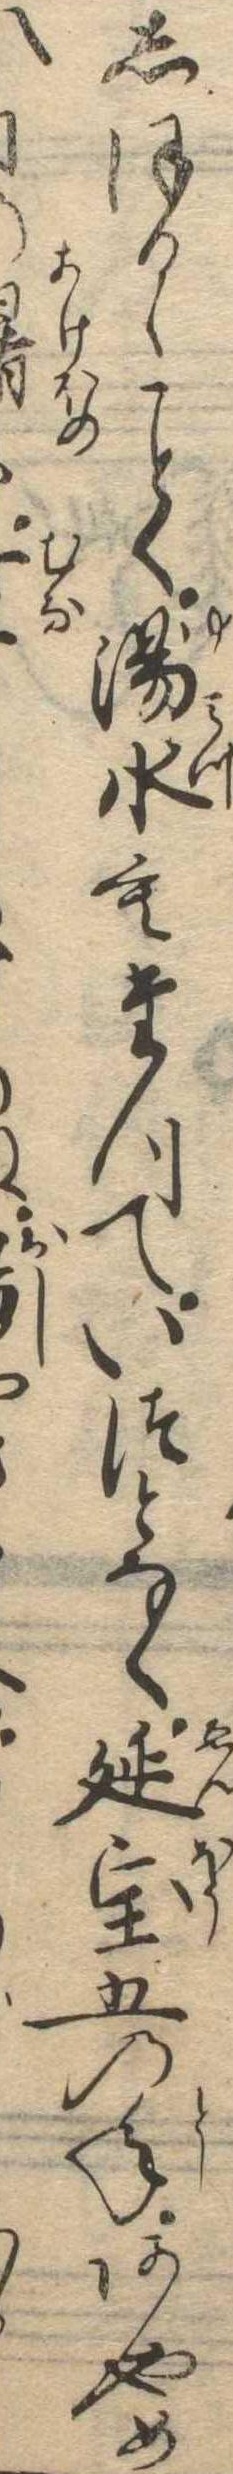
しほるゝく湯水もたつていつとなく延宝五の年あやめ八